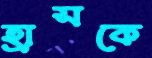
হ্রাসকে